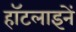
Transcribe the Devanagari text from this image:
हॉटलाइनें